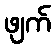
ဖျက်